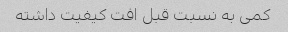
کمی به نسبت قبل افت کیفیت داشته